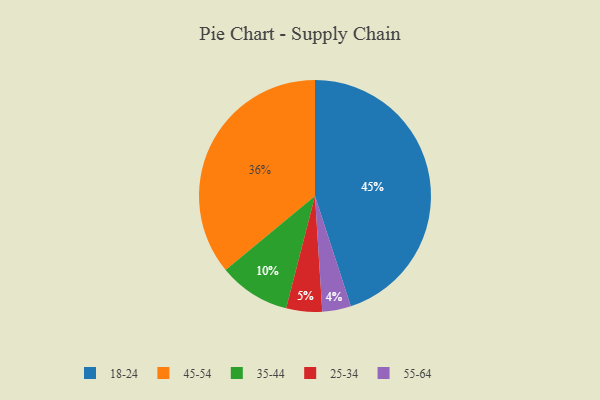
{"axis": {"x": "Category", "y": "Percentage"}, "legend": ["18-24", "25-34", "35-44", "45-54", "55-64"], "data": [{"x": "55-64", "y": 4, "type": "55-64"}, {"x": "25-34", "y": 5, "type": "25-34"}, {"x": "18-24", "y": 45, "type": "18-24"}, {"x": "35-44", "y": 10, "type": "35-44"}, {"x": "45-54", "y": 36, "type": "45-54"}]}